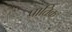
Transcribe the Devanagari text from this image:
प्रातिक